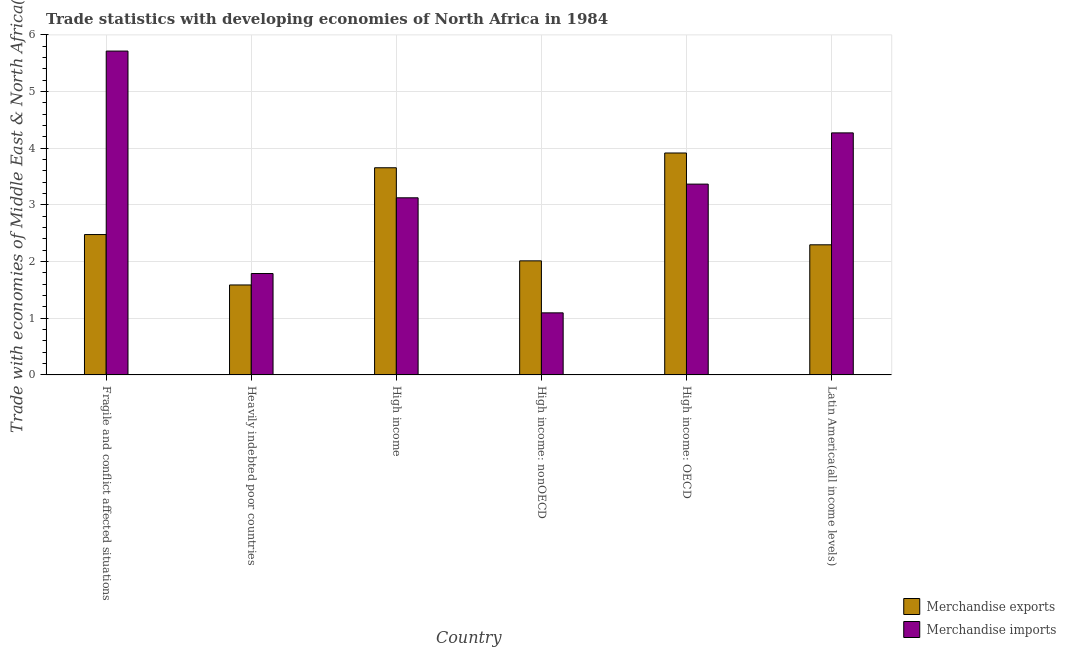
| Country | Merchandise exports | Merchandise imports |
 | --- | --- | --- |
 | Fragile and conflict affected situations | 2.48 | 5.71 |
 | Heavily indebted poor countries | 1.59 | 1.79 |
 | High income | 3.66 | 3.13 |
 | High income: nonOECD | 2.01 | 1.1 |
 | High income: OECD | 3.92 | 3.37 |
 | Latin America(all income levels) | 2.3 | 4.27 |